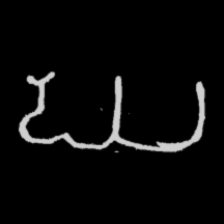
Pyu character \u2014 Myanmar letter: ဃ (romanized: gha)